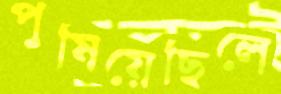
পুষিয়েছিলে